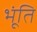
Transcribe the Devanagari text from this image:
भूंति